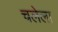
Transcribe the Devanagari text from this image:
चलेला